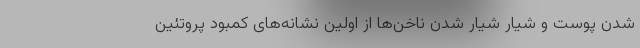
شدن پوست و شیار شیار شدن ناخن‌ها از اولین نشانه‌های کمبود پروتئین